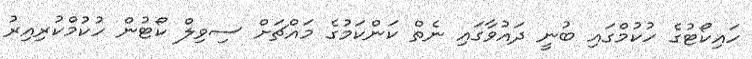
ހައިކޯޓުގެ ހުކުމްގައި ބުނީ ދައުވާގައި ނެތް ކަންކަމުގެ މައްޗަށް ސިވިލް ކޯޓުން ހުކުމްކުރިިއިރު